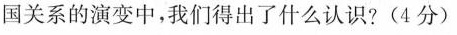
国关系的演变中，我们得出了什么认识?(4分)